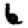
Digit: 6